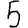
Digit: 5